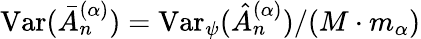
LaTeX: \mathrm{Var}(\bar{A}_{n}^{(\alpha)})=\mathrm{Var}_{\psi}(\hat{A}_{n}^{(\alpha)})/(M\cdot m_{\alpha})